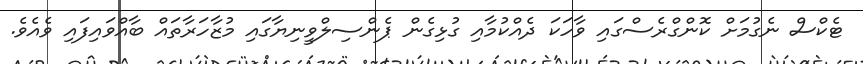
ޓެކްސް ނެގުމަށް ކޮންގްރެސްގައި ވާހަކަ ދެއްކުމާއި ގުޅިގެން ޕެންސިލްވީނިޔާގައި މުޒާހަރާތައް ބާއްވައިފައި ވެއެވެ.